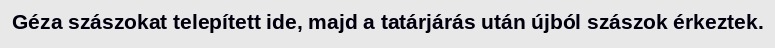
Géza szászokat telepített ide, majd a tatárjárás után újból szászok érkeztek.